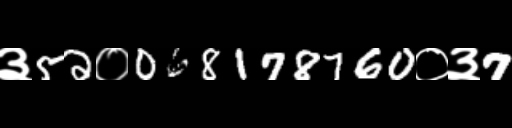
Text: ३52०068178760०३7